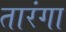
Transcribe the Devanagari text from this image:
तारंगा